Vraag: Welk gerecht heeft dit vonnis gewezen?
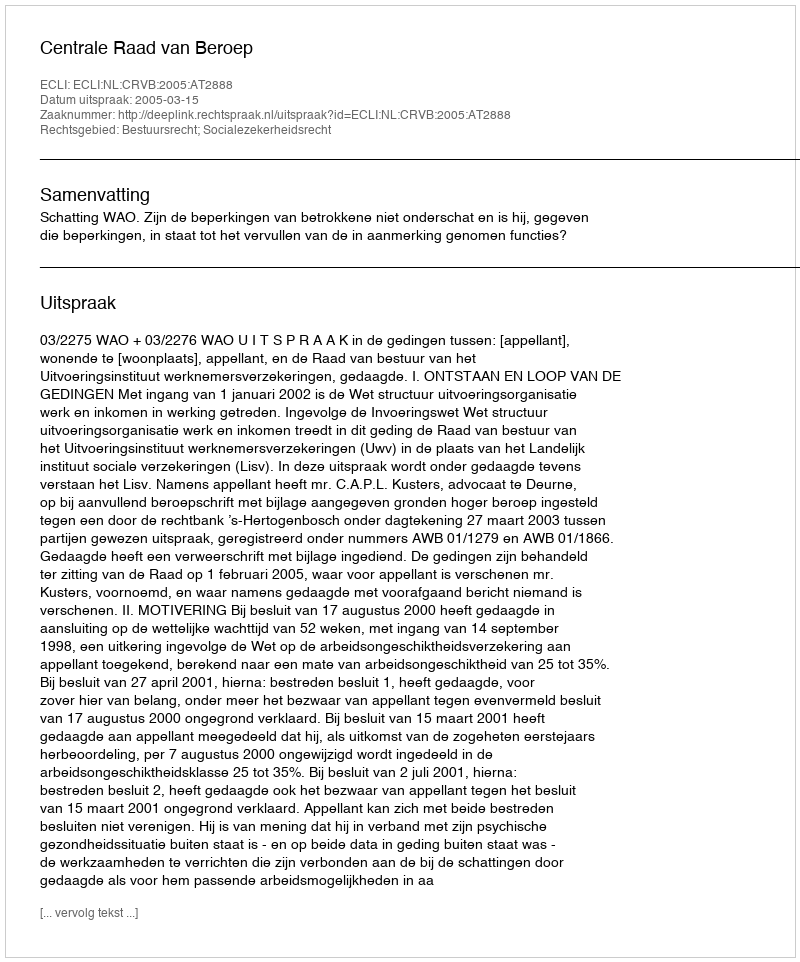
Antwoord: Centrale Raad van Beroep